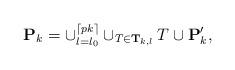
LaTeX: \begin{align*}\mathbf{P}_{k} = \cup_{l=l_{0}}^{\lceil pk \rceil} \cup_{T\in \mathbf{T}_{k,l}} T \cup \mathbf{P}_{k}',\end{align*}